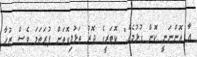
އާ އޮންނަނީ ކޮން ގުޅުމެއް." ކޮޓަރީގެ ދޮރު ތަޅުލިގޮތަށް ފުރަތަމަ ވެސް ޒުހާ